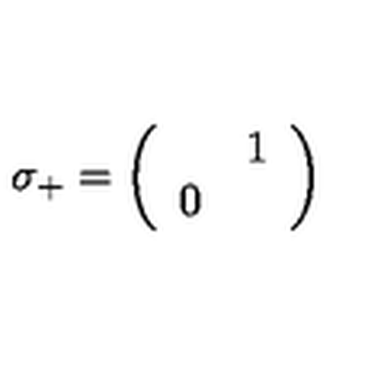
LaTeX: \sigma _ { + } = \left( \begin{array} { c c } { } & { 1 } \\ { 0 } & { } \\ \end{array} \right)